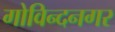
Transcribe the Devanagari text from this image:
गोविन्‍दनगर